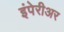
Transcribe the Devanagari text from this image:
इंपेरीअर